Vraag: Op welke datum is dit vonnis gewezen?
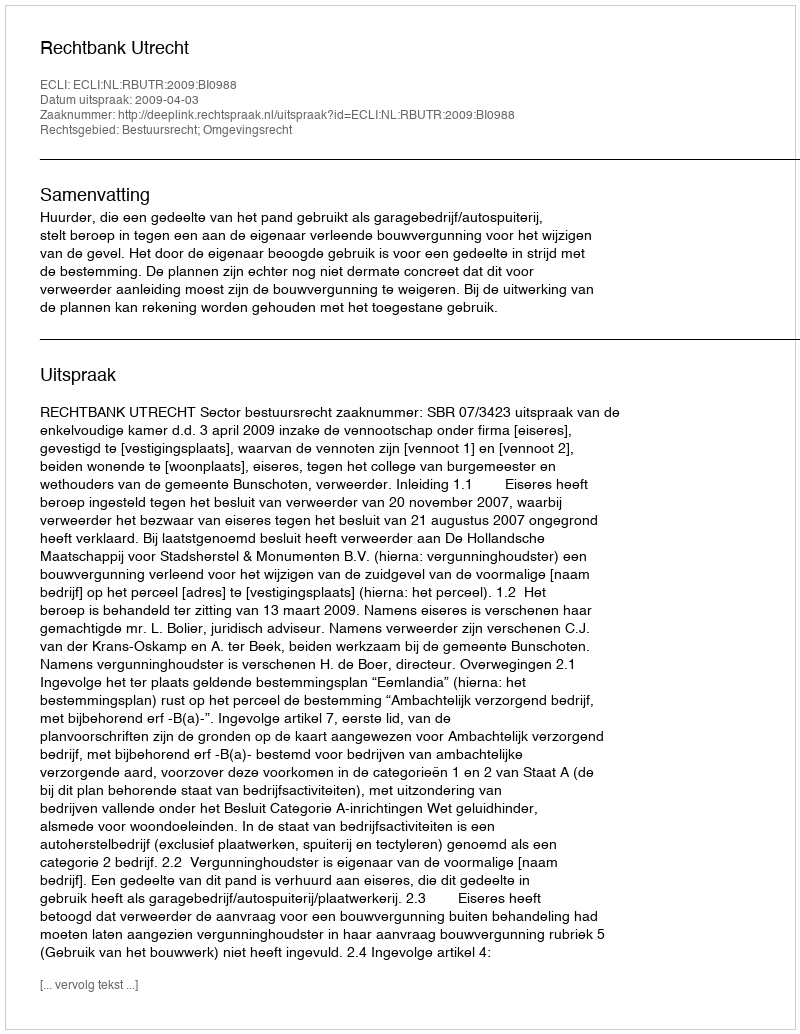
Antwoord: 2009-04-03